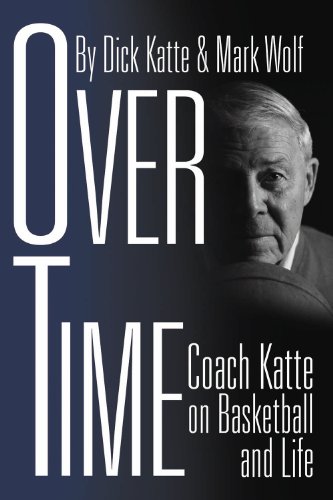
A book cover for Over Time: Coach Katte on Basketball and Life; Dick Katte; Sports & Outdoors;